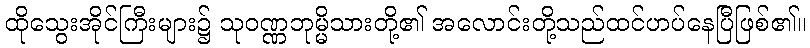
ထိုသွေးအိုင်ကြီးများ၌ သုဝဏ္ဏဘုမ္မိသားတို့၏ အလောင်းတို့သည်ထင်ဟပ်နေပြီဖြစ်၏။